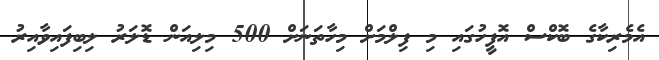
އެމެރިކާގެ ބޮކްސް އޮފީހުގައި މި ފިލްމަށް މިހާތަނަށް 500 މިލިއަން ޑޮލަރު ލިބިފައިވާއިރު